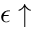
\epsilon \uparrow